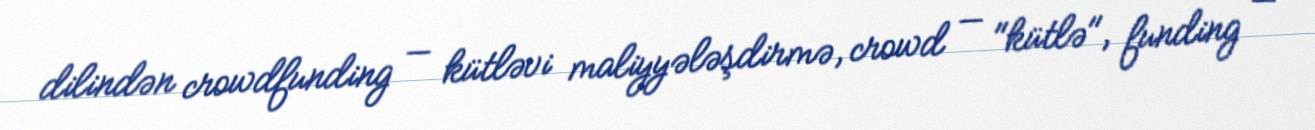
dilindən crowdfunding — kütləvi maliyyələşdirmə, crowd — "kütlə", funding —